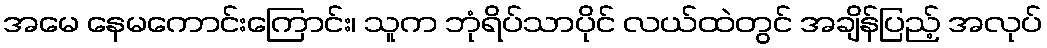
အမေ နေမကောင်းကြောင်း၊ သူက ဘုံရိပ်သာပိုင် လယ်ထဲတွင် အချိန်ပြည့် အလုပ်